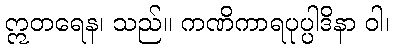
ဣတရေန၊ သည်။ ကဏိကာရပုပ္ပါဒိနာ ဝါ၊